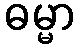
ဓမ္မာ